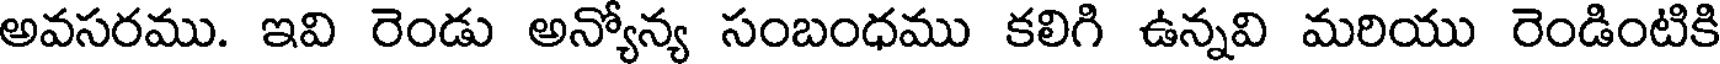
అవసరము. ఇవి రెండు అన్యోన్య సంబంధము కలిగి ఉన్నవి మరియు రెండింటికి